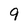
Character: 9